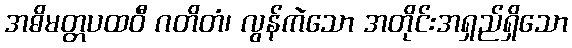
အဓိမတ္တပထဝီ ဂတိတံ၊ လွန်ကဲသော အတိုင်းအရှည်ရှိသော